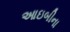
આઇબીના